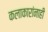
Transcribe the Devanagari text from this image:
कलाकारांनाही